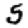
Digit: 5